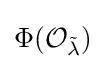
\Phi ({\mathcal {O}}_{\tilde {\lambda }})